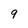
Character: 9